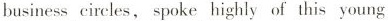
business circles, spoke highly of this young